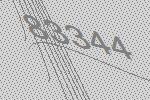
83344